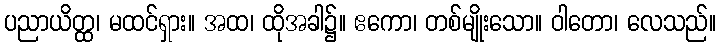
ပညာယိတ္ထ၊ မထင်ရှား။ အထ၊ ထိုအခါ၌။ ဧကော၊ တစ်မျိုးသော။ ဝါတော၊ လေသည်။